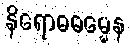
နိရောဓဓမ္မေန